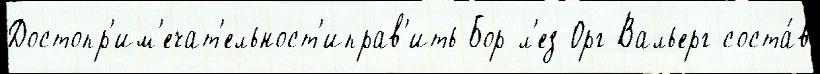
Достопр'им'ечат'ельност'иправ'ить Бор-л'ез-Орг Вальерг соста́в